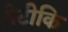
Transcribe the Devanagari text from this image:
तेटीकि